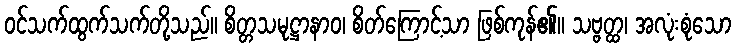
ဝင်သက်ထွက်သက်တို့သည်။ စိတ္တသမုဋ္ဌာနာဝ၊ စိတ်ကြောင့်သာ ဖြစ်ကုန်၏။ သဗ္ဗတ္ထ၊ အလုံးစုံသော